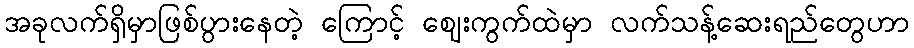
အခုလက်ရှိမှာဖြစ်ပွားနေတဲ့ ကြောင့် ဈေးကွက်ထဲမှာ လက်သန့်ဆေးရည်တွေဟာ